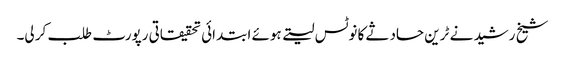
شیخ رشید نے ٹرین حادثے کا نوٹس لیتے ہوئے ابتدائی تحقیقاتی رپورٹ طلب کر لی۔